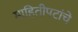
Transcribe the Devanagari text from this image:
माहितीपटांचे